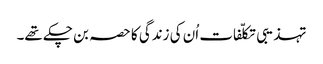
تہذیبی تکلّفات اُن کی زندگی کا حصہ بن چکے تھے۔